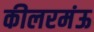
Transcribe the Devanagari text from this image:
कीलरमंऊ